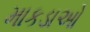
માકડાઓ